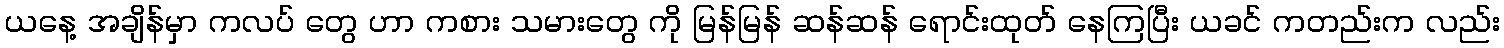
ယနေ့ အချိန်မှာ ကလပ် တွေ ဟာ ကစား သမားတွေ ကို မြန်မြန် ဆန်ဆန် ရောင်းထုတ် နေကြပြီး ယခင် ကတည်းက လည်း